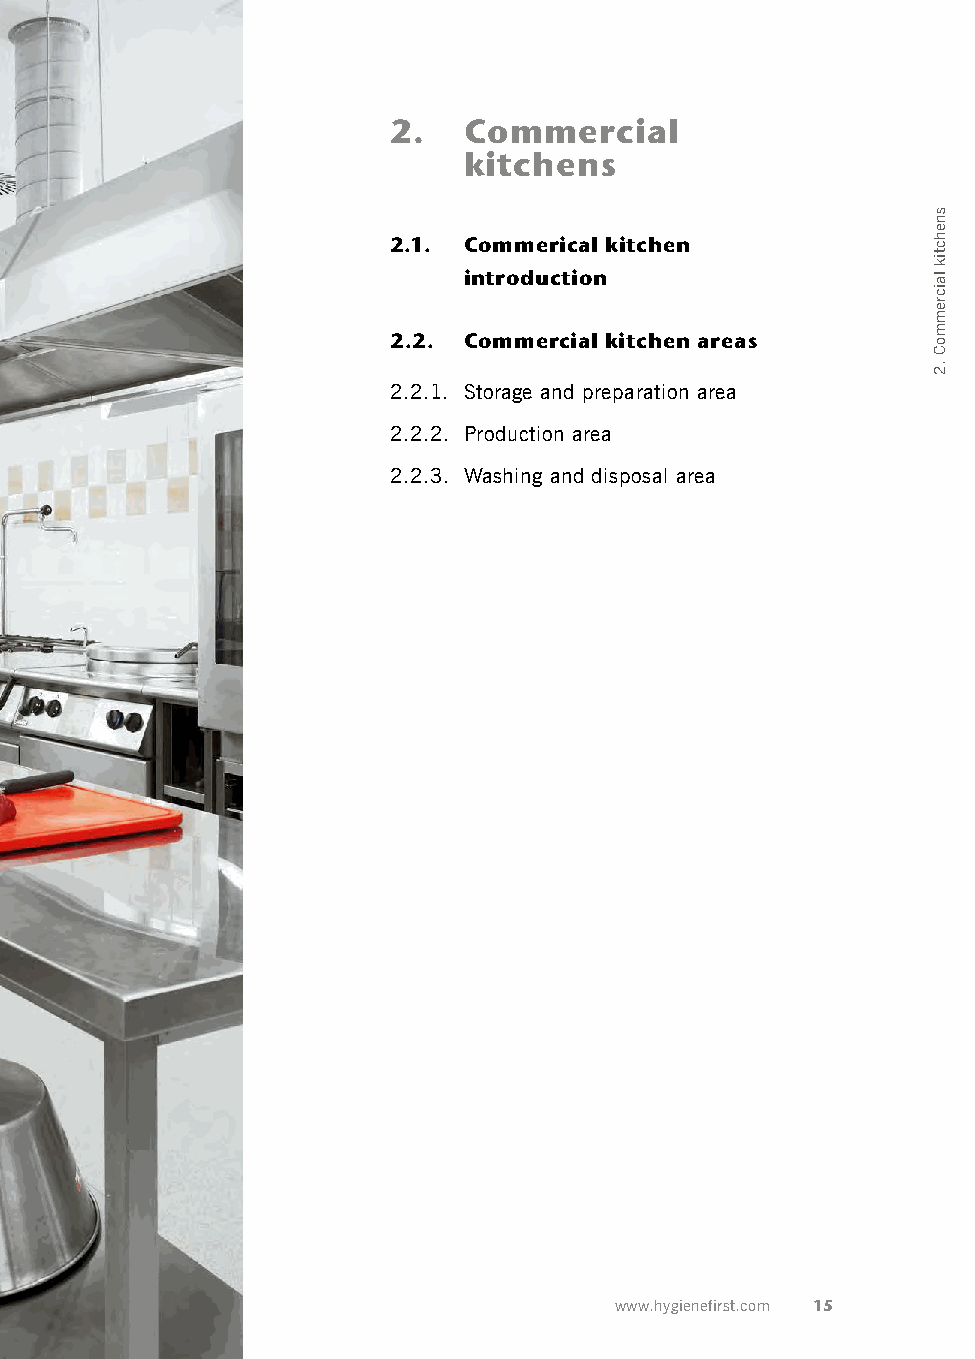
2.   Commercial
 kitchens
 2.1. Commerical kitchen
 introduction
 2.2. Commercial kitchen areas
 2.2.1. Storage and preparation area
 2.2.2. Production area
 2.2.3. Washing and disposal area
 www.hygienefirst.com 15
 snehctik
 laicremmoC
 .2